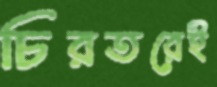
চিরতরেই